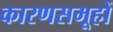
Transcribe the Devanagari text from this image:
कारणसमूहों